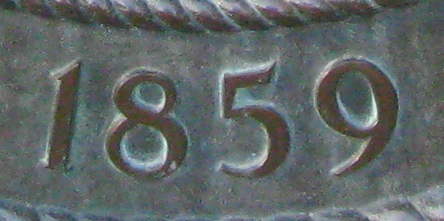
1859